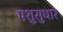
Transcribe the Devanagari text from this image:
पशुसुधार